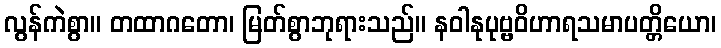
လွန်ကဲစွာ။ တထာဂတော၊ မြတ်စွာဘုရားသည်။ နဝါနုပုဗ္ဗဝိဟာရသမာပတ္တိယော၊